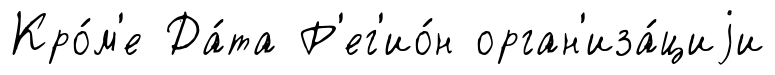
Кро́м'е Да́та Р'ег'ио́н орган'иза́циjи